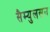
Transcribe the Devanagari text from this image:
सैम्युलसन